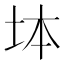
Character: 𡊖